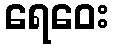
ရေဝေး